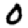
Digit: 0